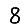
Digit: 8